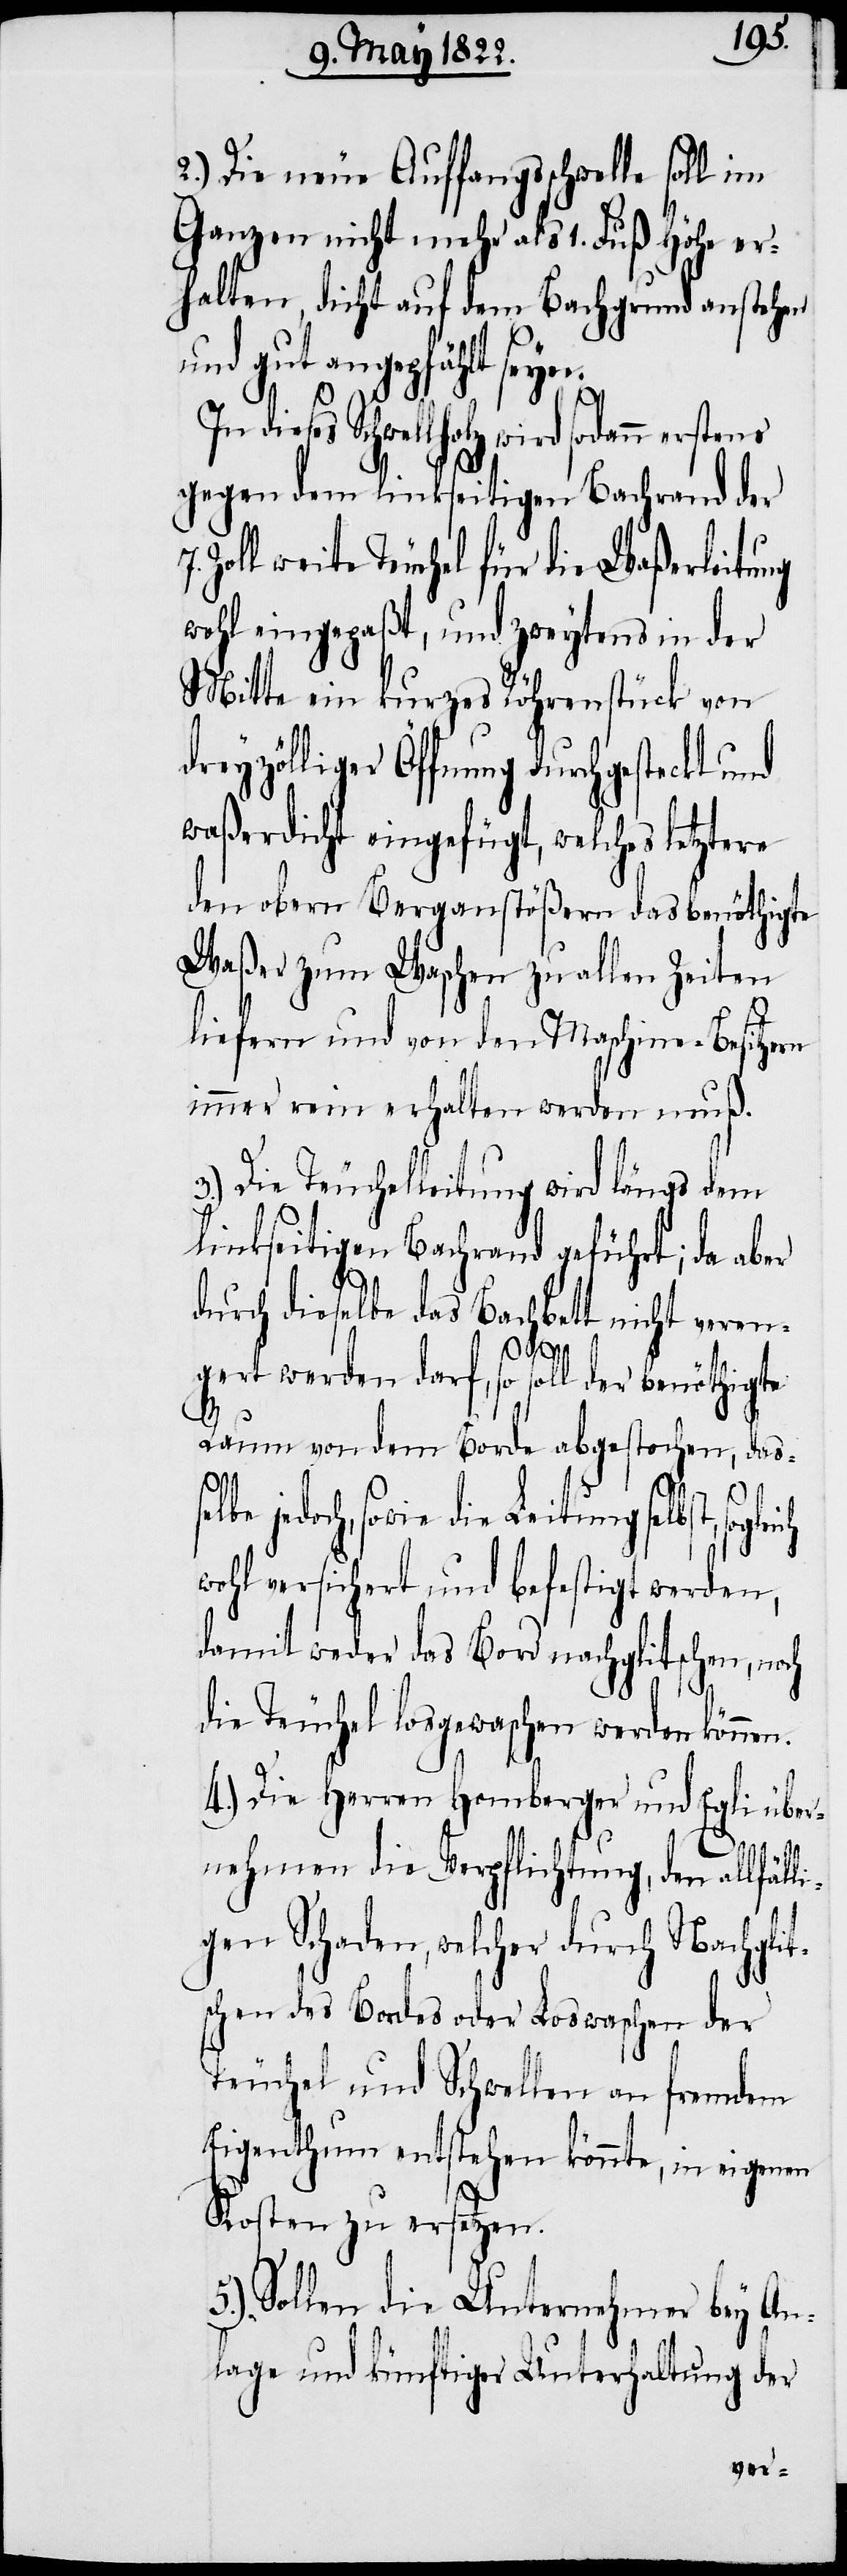
2.) Die neue Auffangsschwelle soll im
Ganzen nicht mehr als 1. Fuß Höhe er¬
halten, dicht auf dem Bachgrund anstehen
nd gut angepfählt seyn.
In dieses Schwellholz wird sodann
gegen dem linkseitigen Bachrand der
Zoll weite Teuchel für die Waßerleitung
wohl eingepaßt, und zweytens in der
Mitte ein kurzes Röhrenstück von
dreyzölliger Öffnung durchgesteckt und
waßerdicht eingefügt, welches letztere
den obern Berganstößern das benöthigte
Waßer zum Waschen zu allen Zeiten
liefern und von den Maschine-Besitzern
immer rein erhalten werden muß.
3.) Die Teuchelleitung wird längs dem
linkseitigen Bachrand geführt; da aber
durch dieselbe das Bachbett nicht veren¬
5.)
gert werden darf, so soll der benöthigte
Raum von dem Borde abgestochen, das¬
jedoch, sowie die Leitung selbst,
wohl versichert und befestigt werden,
damit weder das Bord nachglitschen, noch
die Teuchel losgewaschen werden können.
4.) Die Herren Homberger und Egli über¬
u¬
nehmen die Verpflichtung, den allfäll¬
igen Schaden, welcher durch Nachglit¬
schen des Bordes oder Loswaschen der
Teuchel und Schwellen an fremdem
Eigenthum entstehen könnte, in eigenen
Kosten zu ersetzen.
Sollen die Unternehmer bey An¬
lage und künftiger Unterhaltung der